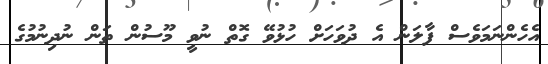
އެހެންނަމަވެސް ފާލަން އެ ދުވަހަށް ހުޅުވޭ ގޮތް ނުވީ މޫސުން ތަން ނުދިނުމުގެ